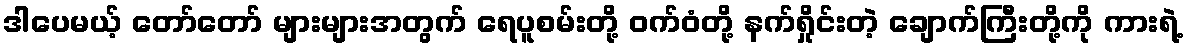
ဒါပေမယ့် တော်တော် များများအတွက် ရေပူစမ်းတို့ ဝက်ဝံတို့ နက်ရှိုင်းတဲ့ ချောက်ကြီးတို့ကို ကားရဲ့